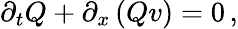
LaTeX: \partial_{t}Q+\partial_{x}\left(Qv\right)=0\, ,